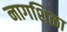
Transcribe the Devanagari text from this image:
नागशिळा